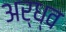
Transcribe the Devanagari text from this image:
अर्ध्व